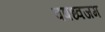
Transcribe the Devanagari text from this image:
वषध्वजम